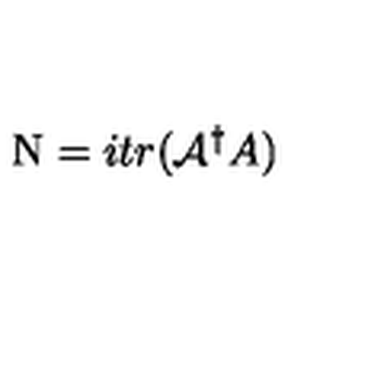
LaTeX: \mathrm { \boldmath N } = i t r ( { \cal { A } } ^ { \dag } A )